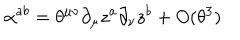
LaTeX: \alpha ^ { a b } = \theta ^ { \mu \nu } \partial _ { \mu } z ^ { a } \partial _ { \nu } z ^ { b } + O ( \theta ^ { 3 } )